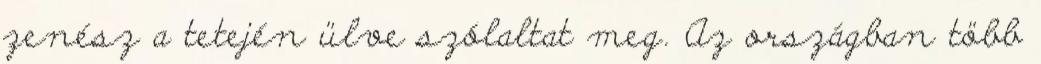
zenész a tetején ülve szólaltat meg. Az országban több